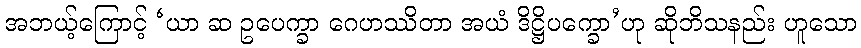
အဘယ့်ကြောင့် ‘ယာ ဆ ဥပေက္ခာ ဂေဟဿိတာ အယံ ဒိဋ္ဌိပက္ခော’ဟု ဆိုဘိသနည်း ဟူသော